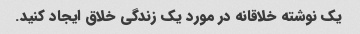
یک نوشته خلاقانه در مورد یک زندگی خلاق ایجاد کنید.